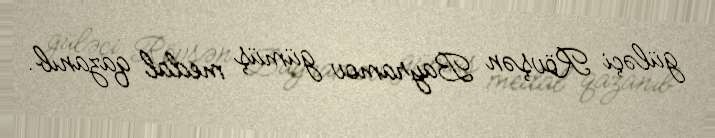
güləçi Rövşən Bayramov gümüş medal qazanıb.